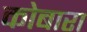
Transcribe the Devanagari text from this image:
कोबारा